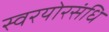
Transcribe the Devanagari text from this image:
स्वरयोरसंधि